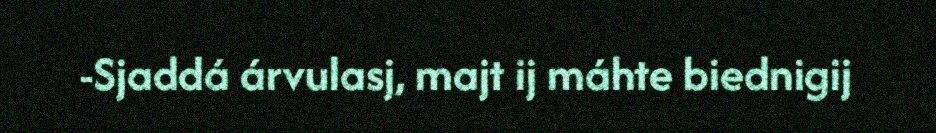
-Sjaddá árvulasj, majt ij máhte biednigij